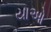
યાઓ